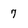
Character: 7